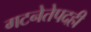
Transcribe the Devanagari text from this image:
गटनेतेपदही